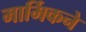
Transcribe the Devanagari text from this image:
मार्मिकने